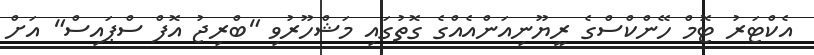
އެކްޓަރު ޓޮމް ހޭންކްސްގެ ރީޔޫނިއަންއެއްގެ ގޮތުގައި މަޝްހޫރުވި "ބްރިޖު އޮފް ސްޕައިސް" އަށް